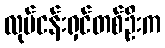
လုပ်ငန်းရှင်တစ်ဦးက